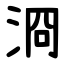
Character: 浻